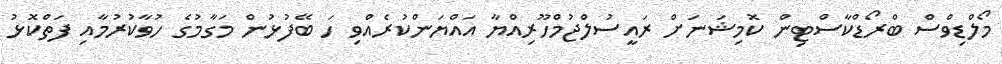
މޯލްޑިވްސް ބްރޯޑްކާސްޓިން ކޮމިޝަނަށް ރައީސުލްޖުމްހޫރިއްޔާ އައްޔަންކުރެއްވި ހަ ބޭފުޅުން މަގާމުގެ ހުވާކުރުމާއި ފަތްކޮޅު